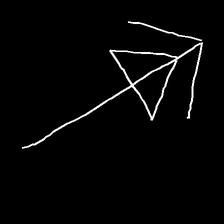
Glyph: pull